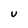
Character: U